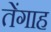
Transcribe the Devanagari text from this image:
तेंगाह